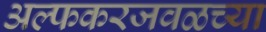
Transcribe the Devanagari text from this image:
अल्फकरजवळच्या